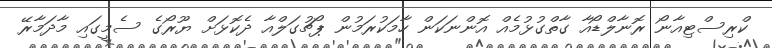
ކްރިސްޓިއާނޯ ރޮނާލްޑޯއާ ގާތްގުޅުމެއް އޮންނަކަން ހާމަކުރަމުން ޕޯޗުގަލްއާ ދެކޮޅަށް ޔޫރޯގެ ސެމީގައި މާދަމާރޭ